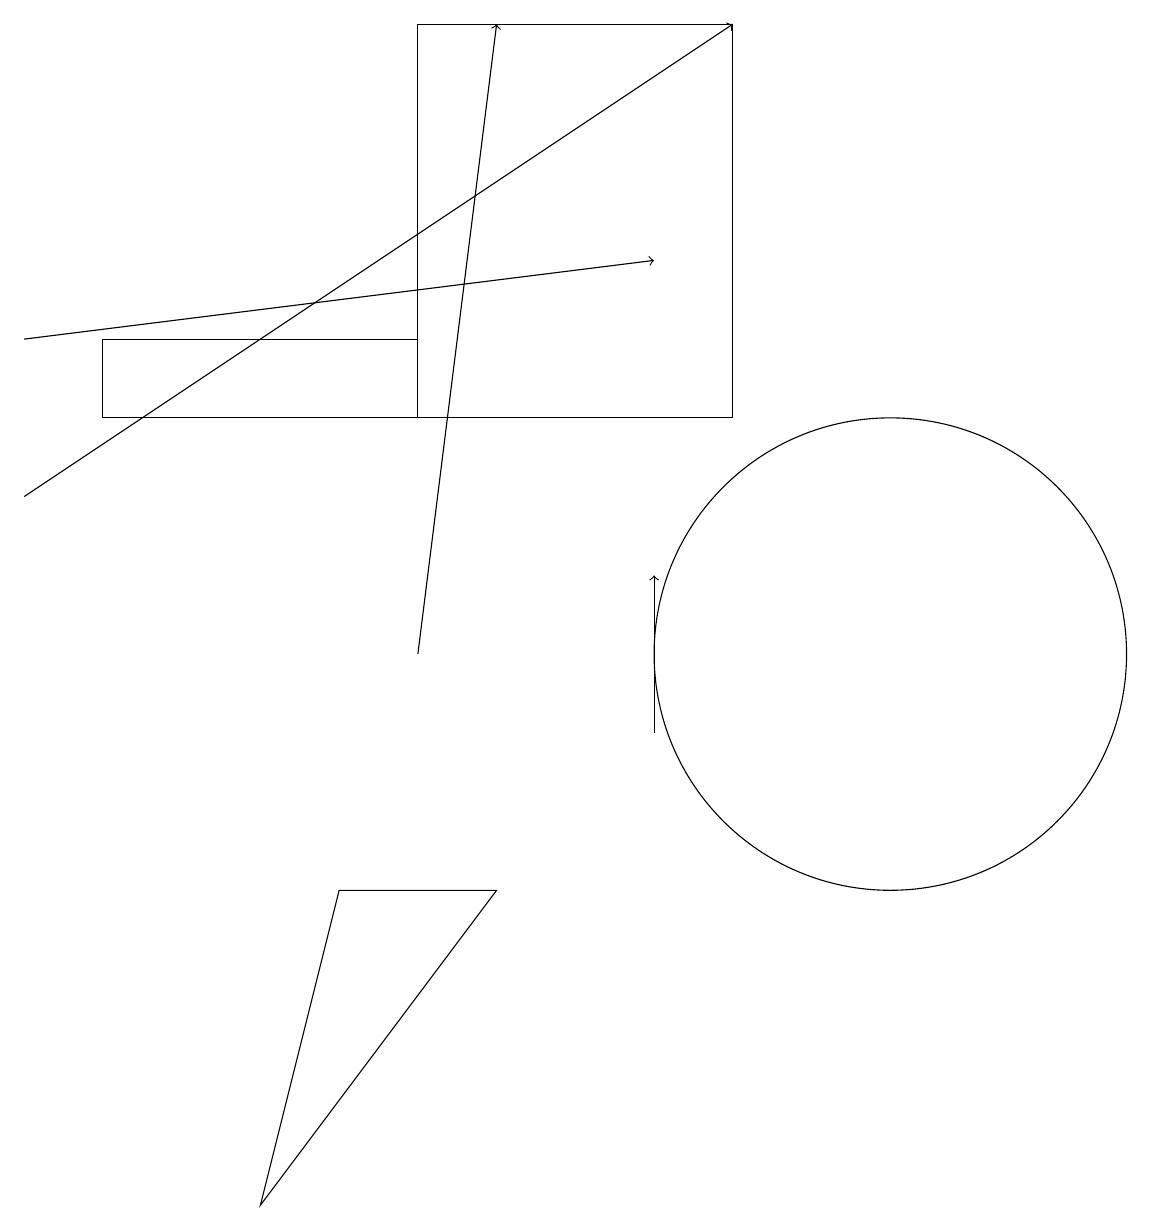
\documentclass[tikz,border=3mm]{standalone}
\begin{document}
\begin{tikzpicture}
\draw (6,8) -- (4,8) -- (3,4) -- cycle;
\draw[->] (5,11) -- (6,19);
\draw (5,15) rectangle (1,14);
\draw[->] (0,15) -- (8,16);
\draw[->] (8,10) -- (8,12);
\draw (11,11) circle (3);
\draw (5,14) rectangle (9,19);
\draw[->] (0,13) -- (9,19);
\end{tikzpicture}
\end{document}